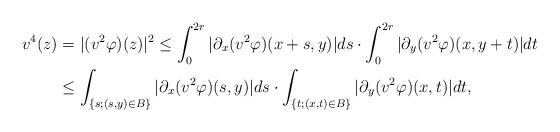
LaTeX: \begin{align*} v^4(z)&=|(v^2\varphi)(z)|^2\le\int_0^{2r}|\partial_x(v^2\varphi)(x+s,y)|ds \cdot\int_0^{2r}|\partial_y(v^2\varphi)(x,y+t)|dt\\ &\le\int_{\{s;(s,y)\in B\}}|\partial_x(v^2\varphi)(s,y)|ds \cdot\int_{\{t;(x,t)\in B\}}|\partial_y(v^2\varphi)(x,t)|dt, \end{align*}